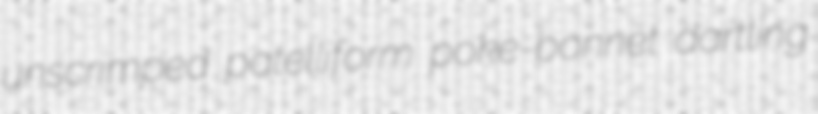
unscrimped patelliform poke-bonnet dartling